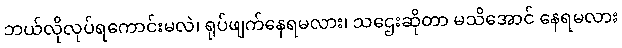
ဘယ်လိုလုပ်ရကောင်းမလဲ၊ ရုပ်ဖျက်နေရမလား၊ သဌေးဆိုတာ မသိအောင် နေရမလား